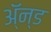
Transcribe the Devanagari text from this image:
ॲ्न्ड